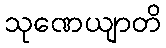
သုဏေယျာတိ